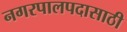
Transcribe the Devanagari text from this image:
नगरपालपदासाठी